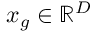
\boldsymbol { x } _ { g } \in \mathbb { R } ^ { D }